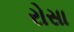
રોસા